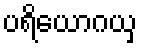
ပရိယောဂယှ